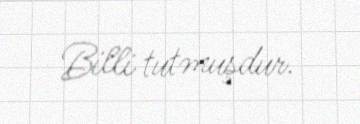
Billi tutmuşdur.